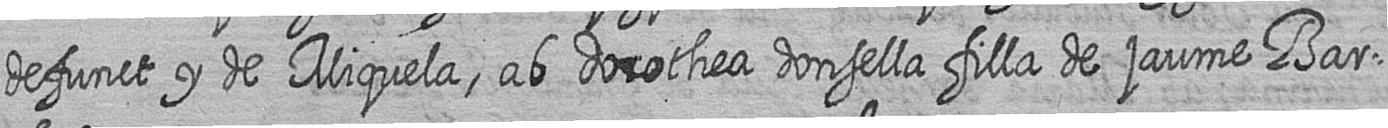
defunct y de Miquela ab dorothea donsella filla de jaume Bar=